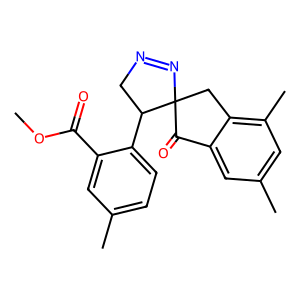
SMILES: COC(=O)c1cc(C)ccc1C1CN=NC12Cc1c(C)cc(C)cc1C2=O
Inhibits HIV replication: No